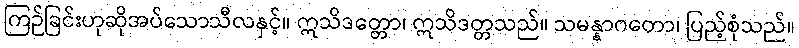
ကြဉ်ခြင်းဟုဆိုအပ်သောသီလနှင့်။ ဣသိဒတ္တော၊ ဣသိဒတ္တသည်။ သမန္နာဂတော၊ ပြည့်စုံသည်။